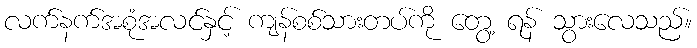
လက်နက်အစုံအလင်နှင့် ကျန်စစ်သားတပ်ကို တွေ့ ရန် သွားလေသည်။